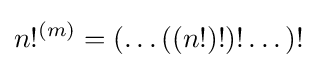
n!^{(m)}=(\dotso ((n!)!)!\dotso )!